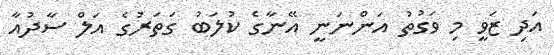
އަދި ޒަވީ މި ވަގުތު އަންނަނީ އޭނާގެ ކުލަބު ގަތަަރުގެ އަލް ސާދުއާ